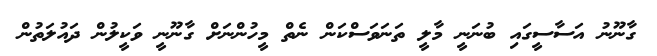
ގާނޫނު އަސާސީގައި ބުނަނީ މާލީ ތަނަވަސްކަން ނެތް މީހުންނަށް ގާނޫނީ ވަކީލުން ދައުލަތުން